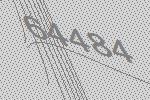
64484